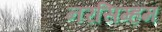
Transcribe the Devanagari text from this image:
नरसिम्हम